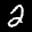
Label: 2